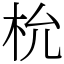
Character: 㭇